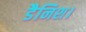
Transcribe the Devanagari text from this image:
डैनिश।